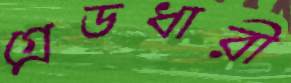
গ্রেডধারী